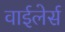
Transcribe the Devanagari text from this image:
वाईलेर्स